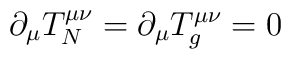
\partial_{\mu}T_{N}^{\mu\nu}=\partial_{\mu}T_{g}^{\mu\nu}=0